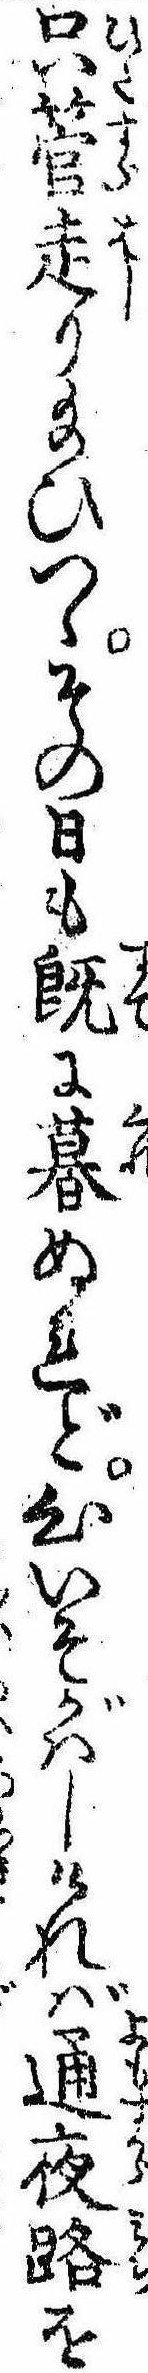
只管走り給ひつゝその日も既に暮ぬれど心いそがはしければ通夜路を